Civil Veterinary Dept. Bombay admin report 1914-1922 - 1914-1922
Year: 1914
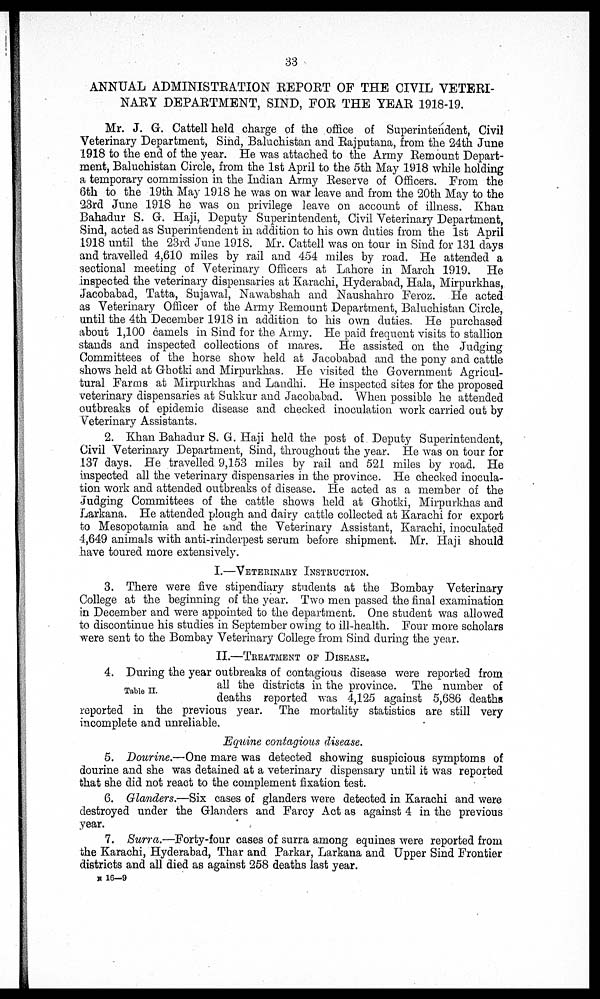
33
ANNUAL ADMINISTRATION REPORT OF THE CIVIL VETERI-
NARY DEPARTMENT, SIND, FOR THE YEAR 1918-19.
Mr. J. G. Cattell held charge of the office of Superintendent, Civil
Veterinary Department, Sind, Baluchistan and Rajputana, from the 24th June
1918 to the end of the year. He was attached to the Army Remount Depart-
ment, Baluchistan Circle, from the 1st April to the 5th May 1918 while holding
a temporary commission in the Indian Army Reserve of Officers. From the
6th to the 19th May 1918 he was on war leave and from the 20th May to the
23rd June 1918 he was on privilege leave on account of illness. Khan
Bahadur S. G. Haji, Deputy Superintendent, Civil Veterinary Department,
Sind, acted as Superintendent in addition to his own duties from the 1st April
1918 until the 23rd June 1918. Mr. Cattell was on tour in Sind for 131 days
and travelled 4,610 miles by rail and 454 miles by road. He attended a
sectional meeting of Veterinary Officers at Lahore in March 1919. He
inspected the veterinary dispensaries at Karachi, Hyderabad, Hala, Mirpurkhas,
Jacobabad, Tatta, Sujawal, Nawabshah and Naushahro Feroz. He acted
as Veterinary Officer of the Army Remount Department, Baluchistan Circle,
until the 4th December 1918 in addition to his own duties. He purchased
about 1,100 camels in Sind for the Army. He paid frequent visits to stallion
stands and inspected collections of mares. He assisted on the Judging
Committees of the horse show held at Jacobabad and the pony and cattle
shows held at Ghotki and Mirpurkhas. He visited the Government Agricul-
tural Farms at Mirpurkhas and Landhi. He inspected sites for the proposed
veterinary dispensaries at Sukkur and Jacobabad. When possible he attended
outbreaks of epidemic disease and checked inoculation work carried out by
Veterinary Assistants.
2. Khan Bahadur S. G. Haji held the post of Deputy Superintendent,
Civil Veterinary Department, Sind, throughout the year. He was on tour for
137 days. He travelled 9,153 miles by rail and 521 miles by road. He
inspected all the veterinary dispensaries in the province. He checked inocula-
tion work and attended outbreaks of disease. He acted as a member of the
Judging Committees of the cattle shows held at Ghotki, Mirpurkhas and
Larkana. He attended plough and dairy cattle collected at Karachi for export
to Mesopotamia and he and the Veterinary Assistant, Karachi, inoculated
4,649 animals with anti-rinderpest serum before shipment. Mr. Haji should
have toured more extensively.
I.—VETERINARY INSTRUCTION.
3. There were five stipendiary students at the Bombay Veterinary
College at the beginning of the year. Two men passed the final examination
in December and were appointed to the department. One student was allowed
to discontinue his studies in September owing to ill-health. Four more scholars
were sent to the Bombay Veterinary College from Sind during the year.
II.—TREATMENT OF DISEASE.
Table II.
4. During the year outbreaks of contagious disease were reported from
all the districts in the province. The number of
deaths reported was 4,125 against 5,686 deaths
reported in the previous year. The mortality statistics are still very
incomplete and unreliable.
Equine contagious disease.
5. Dourine.—One mare was detected showing suspicious symptoms of
dourine and she was detained at a veterinary dispensary until it was reported
that she did not react to the complement fixation test.
6. Glanders.—Six cases of glanders were detected in Karachi and were
destroyed under the Glanders and Farcy Act as against 4 in the previous
year.
7. Surra.—Forty-four cases of surra among equines were reported from
the Karachi, Hyderabad, Thar and Parkar, Larkana and Upper Sind Frontier
districts and all died as against 258 deaths last year.
N 16—9